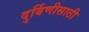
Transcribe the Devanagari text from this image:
दुर्बिणीसाठी